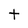
Character: t